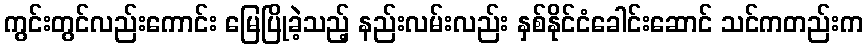
ကွင်းတွင်လည်းကောင်း မြေပြိုခဲ့သည့် နည်းလမ်းလည်း နှစ်နိုင်ငံခေါင်းဆောင် သင်ကတည်းက